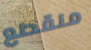
منقطع